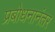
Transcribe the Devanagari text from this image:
प्रबोधनानंतर